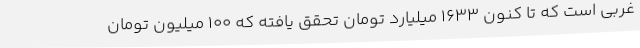
غربی است که تا کنون 1633 میلیارد تومان تحقق یافته که 100 میلیون تومان